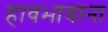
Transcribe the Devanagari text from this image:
हावभावाना